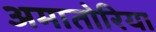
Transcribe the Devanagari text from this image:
अमातोरिया